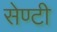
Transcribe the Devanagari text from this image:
सेण्टी